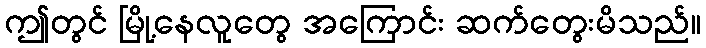
ဤတွင် မြို့နေလူတွေ အကြောင်း ဆက်တွေးမိသည်။